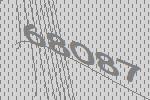
68087